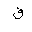
Letter: _fa